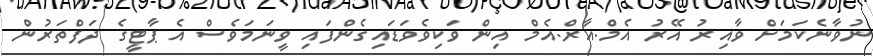
ނުވާނެކަމަށް ވާއިރު އޭރު އެމް.އާރް.އެމް އިން ވަކިވެވަޑައިގެންފައި ވީނަމަވެސް އެ ޕާޓީގެ ދަފްތަރުން